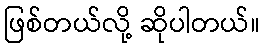
ဖြစ်တယ်လို့ ဆိုပါတယ်။